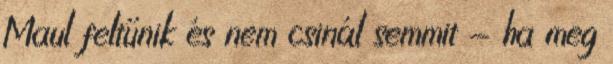
Maul feltűnik és nem csinál semmit - ha meg